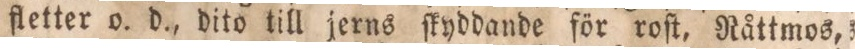
fletter o. d., dito till jerns ſkyddande för roſt, Råttmos,